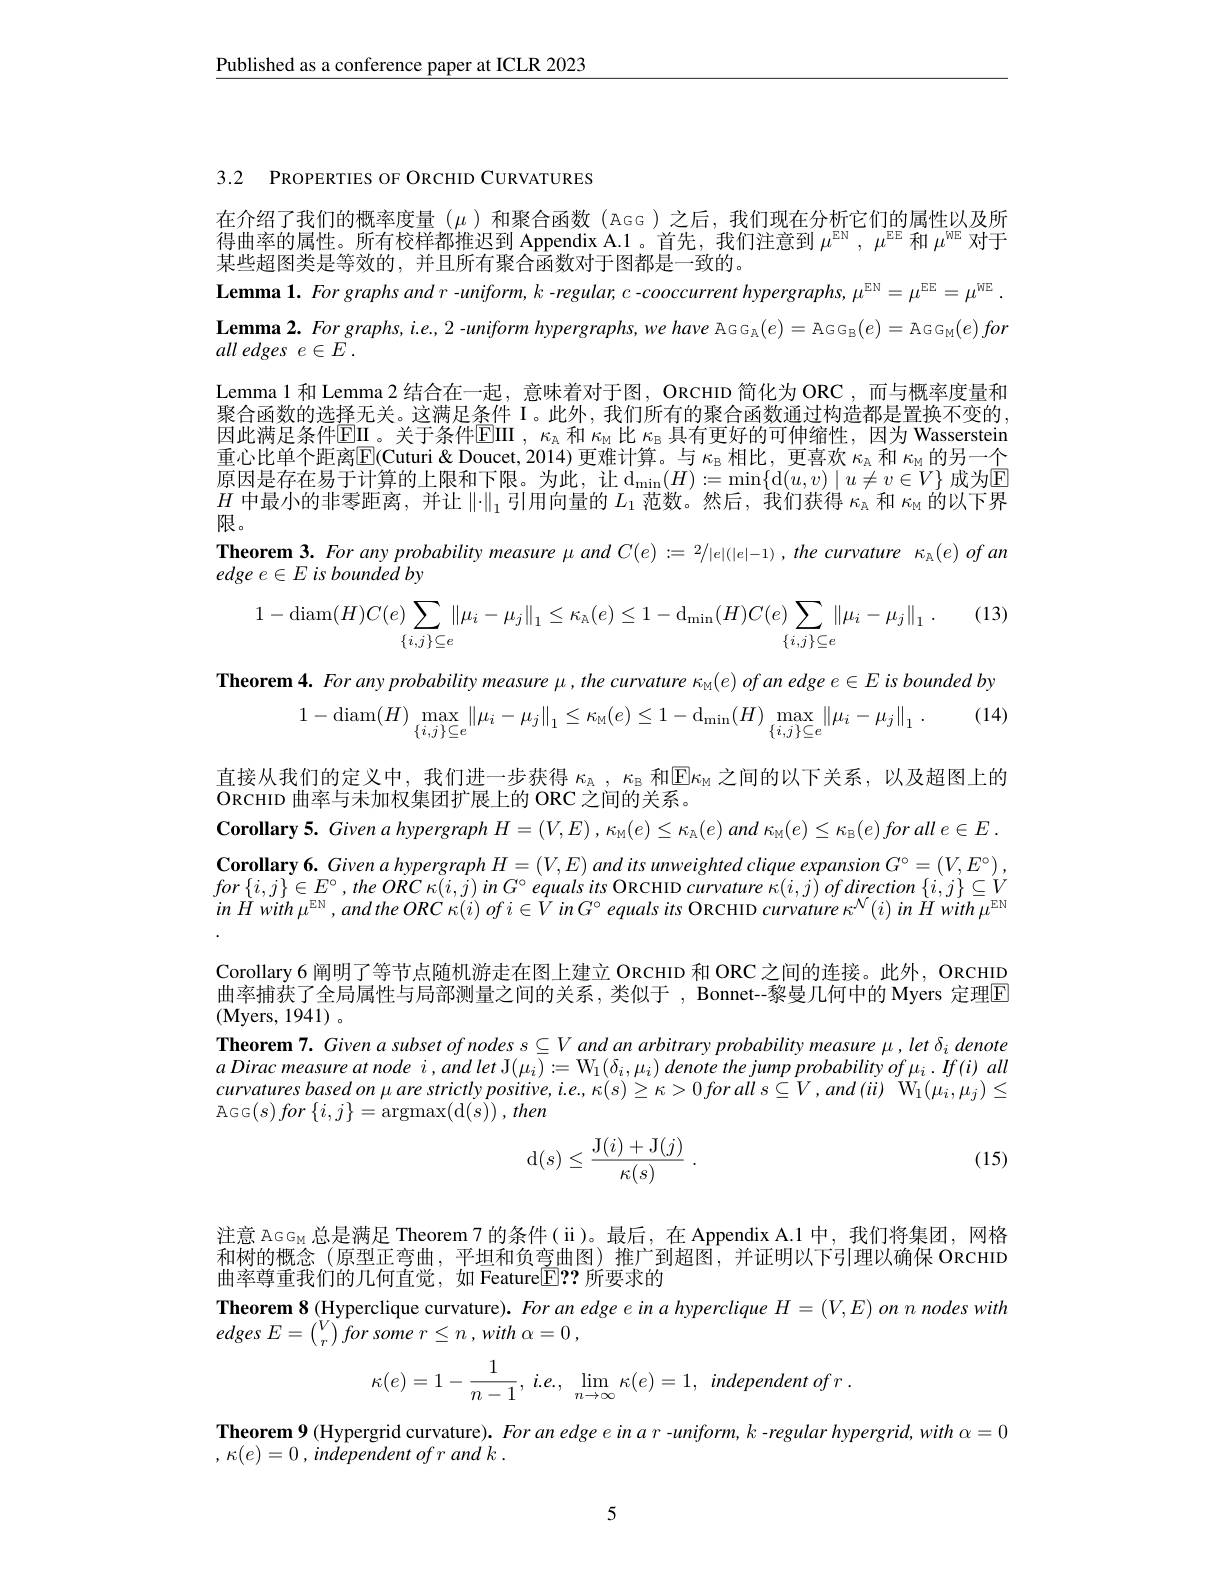
$\underline{\text{Published as a conference paper at ICLR 2023}}$

3.2 PROPERTIES OF ORCHID CURVATURES

在介绍了我们的概率度量($\mu)和聚合函数(AGG)之后，我们现在分析它们的属性以及所$ 得曲率的属性。所有校样都推迟到 Appendix A.1 。首先，我们注意到$\mu^\mathrm{EN},\mu^\mathrm{EE}$和$\mu^\mathrm{WE}$对于某些超图类是等效的，并且所有聚合函数对于图都是一致的。
$\textbf{Lemma 1. For graphs and r - uniform, k - regular, c - cooccurrent hypergraphs, }\mu ^{\mathrm{EN}}= \mu ^{\mathrm{EE}}= \mu ^{\mathrm{WE}}.$ $\textbf{Lemma 2. For graphs, i.e., 2 -uniform hypergraphs, we have AGG}_{\mathbb{A}}(e)=$AGG$_\mathbb{B}(e)=$AGGM$(e)for$ $all\textit{edges }e\in E$ .
Lemma 1 和 Lemma 2 结合在一起，意味着对于图，ORCHID 简化为 ORC ,而与概率度量和聚合函数的选择无关。这满足条件 I。此外，我们所有的聚合函数通过构造都是置换不变的， 因此满足条件$\operatorname{EIII}$。关于条件$\operatorname{EIII},\kappa_\mathrm{A}$和$\kappa_\mathrm{M}$比$\kappa_\mathrm{B}$具有更好的可伸缩性，因为 Wasserstein 重心比单个距离$\mathbb{E}($Cuturi& Doucet, 2014) 更难计算。与$\kappa_\mathrm{B}$相比，更喜欢$\kappa_\mathrm{\bar{A}}$和$\kappa_\mathrm{M}$的另一个原因是存在易于计算的上限和下限。为此，让$\operatorname{d}_{\min}(H):=\operatorname*{min}\{\operatorname{d}(u,v)\mid u\neq v\in V\}$ 成为$\operatorname{E}$ $H$中最小的非零距离，并让$\|\cdot\|_1$引用向量的$L_1$范数。然后，我们获得$\kappa_\mathrm{a}$和$\kappa_\mathrm{M}$的以下界限。
Theorem $3. Forany\textit{probability measure μ and C}( e) : = 2/ | e| ( | e| - 1) , the$ curvature $\kappa _\mathbb{A} ( e) \textit{of an}$
$edgee\in E$ is bounded by
$$1-\operatorname{diam}(H)C(e)\sum_{\{i,j\}\subseteq e}\|\mu_i-\mu_j\|_1\leq\kappa_{\mathbb{A}}(e)\leq1-\operatorname{d_{min}}(H)C(e)\sum_{\{i,j\}\subseteq e}\|\mu_i-\mu_j\|_1\:.$$
Theorem 4. For any probability measure μ, the curvature $\kappa _{\mathrm{M} }( e) \textit{ofan edge e}\in E$ is bounded by
(14)
$$1-\operatorname{diam}(H)\max\limits_{\{i,j\}\subseteq e}\left\|\mu_i-\mu_j\right\|_1\leq\kappa_\text{M}(e)\leq1-\operatorname{d_{min}}(H)\max\limits_{\{i,j\}\subseteq e}\left\|\mu_i-\mu_j\right\|_1\:.$$
直接从我们的定义中，我们进一步获得$\kappa_\mathrm{\bar{A}},\kappa_\mathrm{B}$和$\boxed{\mathbb{E}}\kappa_\mathrm{M}$之间的以下关系，以及超图上的
ORCHID 曲率与未加权集团扩展上的 ORC 之间的关系。
Corollary 5. Given a hypergraph $H=(V,E)$ , $\kappa_{\mathrm{M}}(e)\leq\kappa_{\mathrm{A}}(e)$ and $\kappa _\mathrm{\mathrm{M} } ( e) \leq \kappa _\mathrm{B} ( e) \textit{for all e}\in E$ Corollary 6. Given a hypergraph $H=(V,E)$ and its umweighted clique expansion $G^\circ=\left(V,E^\circ\right)$, $for\left \{ i, j\right \} \in E^{\circ }, the$ $ORC$ $\kappa ( i, j)$ $in$ $G^{\circ }$ equals its ORCHID curvature $\kappa( i, j)$ $of$ direction $\{ i, j\} \subseteq V$ $inHwith\mu^{\mathrm{EN}},andtheORC\kappa(i)ofi\in VinG^{\circ}equalsits$ ORCHID curvature $\kappa^{\mathcal{N}}(i)inHwith\mu^{\mathrm{EN}}$ Corollary 6 阐明了等节点随机游走在图上建立 ORCHID 和 ORC 之间的连接。此外，ORCHID 曲率捕获了全局属性与局部测量之间的关系，类似于 , Bonnet--黎曼几何中的 Myers 定理$\color{red}{\boxed{\Gamma}}$ (Myers, 1941)。
Theorem $7. \textit{ Given a subset of nodes }s\subseteq Vand$ an arbitrary probability measure $\mu,let\delta_i$ denote $a$ Dirac measure at node $i,andlet$ J$(\mu_i):=\mathrm{W}_1(\delta_i,\mu_i)$ denote the jump probability of $\mu_i.If(i)$ all $curvaturesbasedon\mu arestrictlypositive,i.e.,\kappa(s)\geq\kappa>0forall~s\subseteq V,and~(ii)~W_{1}(\mu_{i},\mu_{j})\leq$ ${\mathrm{AGG}}( s) for\left \{ i, j\right \} = {\mathrm{argmax}}( {\mathrm{d} }( s) )$ $, then$
(15)
$$\mathrm{d}(s)\leq\frac{\mathrm{J}(i)+\mathrm{J}(j)}{\kappa(s)}\:.$$
注意 AGG$_{\mathrm{M}}$总是满足 Theorem7 的条件( ii)。最后，在 Appendix A.1 中，我们将集团，网格和树的概念 (原型正弯曲，平坦和负弯曲图)推广到超图，并证明以下引理以确保 ORCHID 曲率尊重我们的几何直觉，如 Feature$\mathbb{E}|??$所要求的
Theorem 8 (Hyperclique curvature). For an edge e in a hyperclique $H=(V,E)$ on nodes with
edges $E= {\binom Vr}$ for some $r\leq n$ $, with$ $\alpha = 0$ ,
$$\kappa(e)=1-\frac{1}{n-1},\:i.e.,\:\lim\limits_{n\to\infty}\kappa(e)=1,\:independent\:of\:r\:.$$
Theorem 9 (Hypergrid curvature). For an edge e in a r -uniform, k - regular hypergrid, with $\alpha=0$
, $\kappa ( e) = 0$ , independent $of$ $r$ and $k$ .

5